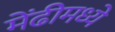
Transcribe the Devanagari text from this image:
मेंढीमध्ये